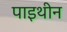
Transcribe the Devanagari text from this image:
पाइथीन